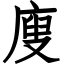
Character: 廋